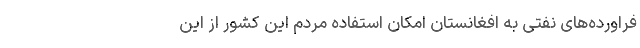
فراورده‌های نفتی به افغانستان امکان استفاده مردم این کشور از این